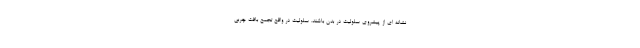
نشانه ای از پیشروی سلولیت در بدن باشند. سلولیت در واقع تجمع بافت چربی